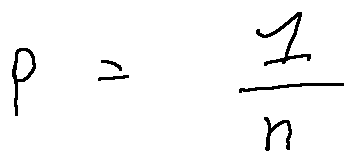
p = \frac { 1 } { n }